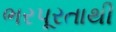
ભરપૂરતાથી